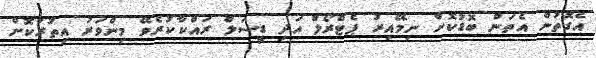
އެގޮތުން އެތަން ބޮޑުކޮށް ނިމޭއިރު ޕެޓްރޯލް އަދި ޑީސަލް ރައްކާކުރެވޭ މިންވަރު އިތުރުކޮށް